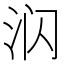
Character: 𰛛